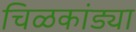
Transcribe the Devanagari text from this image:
चिळकांड्या